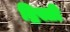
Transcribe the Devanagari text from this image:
द्रिस्ती